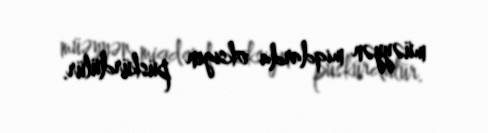
müəyyən miqdarda oksigen püskürdülür.